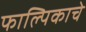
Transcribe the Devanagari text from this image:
फाल्पिकाचे